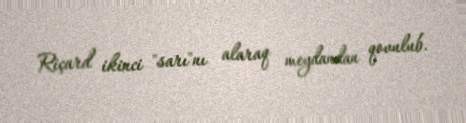
Riçard ikinci "sarı"nı alaraq meydandan qovulub.